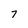
Character: 7